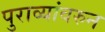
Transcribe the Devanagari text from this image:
पुराव्यांवरुन